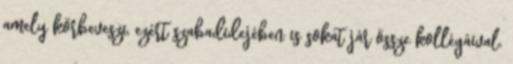
amely körbeveszi, ezért szabadidejében is sokat jár össze kollégáival.